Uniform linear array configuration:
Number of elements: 8
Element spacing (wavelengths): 0.75
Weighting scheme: binomial
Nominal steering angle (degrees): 15
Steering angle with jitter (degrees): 15.278
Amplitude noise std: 0.05
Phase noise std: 0.05

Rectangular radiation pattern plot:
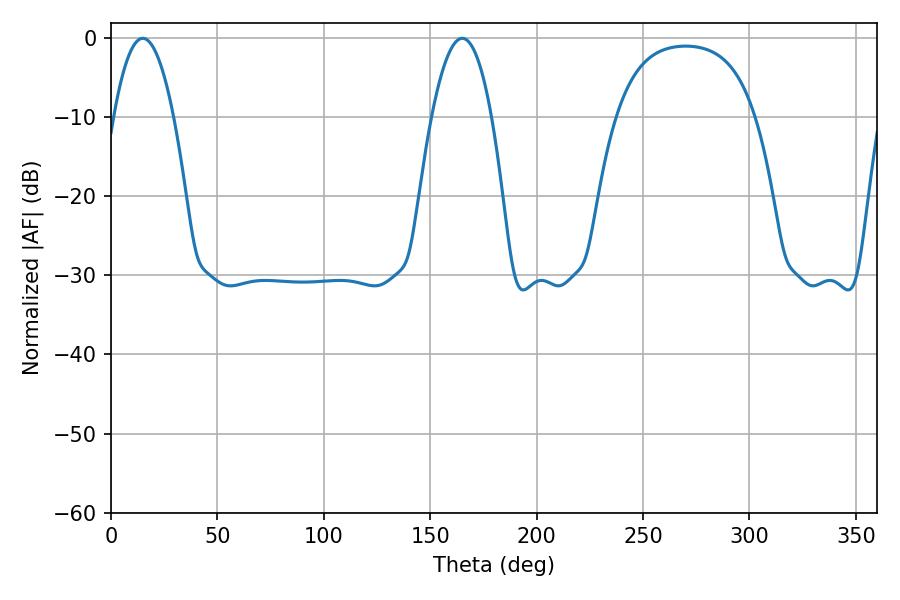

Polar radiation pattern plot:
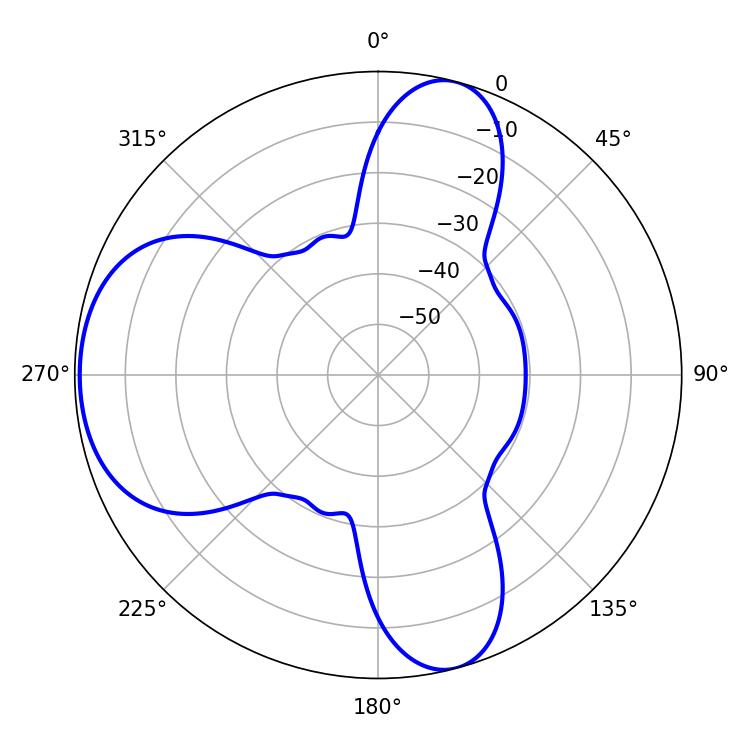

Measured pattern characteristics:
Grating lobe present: TRUE
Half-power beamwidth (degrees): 15.48
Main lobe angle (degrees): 14.94